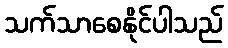
သက်သာစေနိုင်ပါသည်